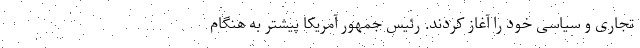
تجاری و سیاسی خود را آغاز کردند. رئیس جمهور آمریکا پیشتر به هنگام